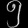
Digit: ၅